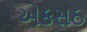
એકસઠ